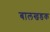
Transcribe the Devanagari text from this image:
बालखडक